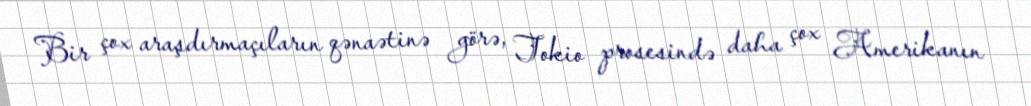
Bir çox araşdırmaçıların qənaətinə görə, Tokio prosesində daha çox Amerikanın